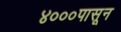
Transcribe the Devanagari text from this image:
४०००पासून